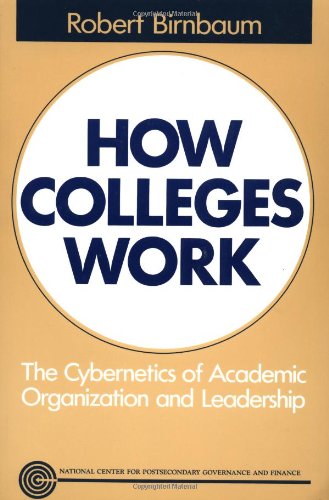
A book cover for How Colleges Work: The Cybernetics of Academic Organization and Leadership; Robert Birnbaum; Computers & Technology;